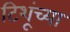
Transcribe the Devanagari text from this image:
टिशूंच्या